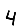
Digit: 4